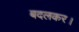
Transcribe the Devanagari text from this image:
बदलकर।